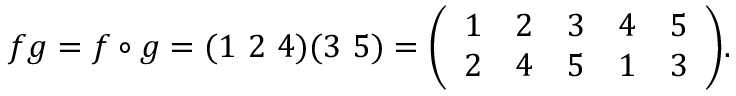
f g = f \circ g = ( 1 \ 2 \ 4 ) ( 3 \ 5 ) = { \left( \begin{array} { l l l l l } { 1 } & { 2 } & { 3 } & { 4 } & { 5 } \\ { 2 } & { 4 } & { 5 } & { 1 } & { 3 } \end{array} \right) } .